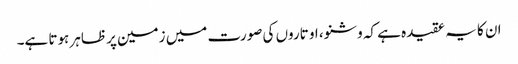
ان کا یہ عقیدہ ہے کہ وشنو، او تاروں کی صورت میں زمین پر ظاہر ہوتا ہے۔